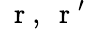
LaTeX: \mathrm{~\mathbf~r~},\mathrm{~\mathbf~r~}^{\prime}